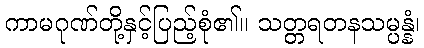
ကာမဂုဏ်တို့နှင့်ပြည့်စုံ၏။ သတ္တရတနသမ္ပန္နံ၊